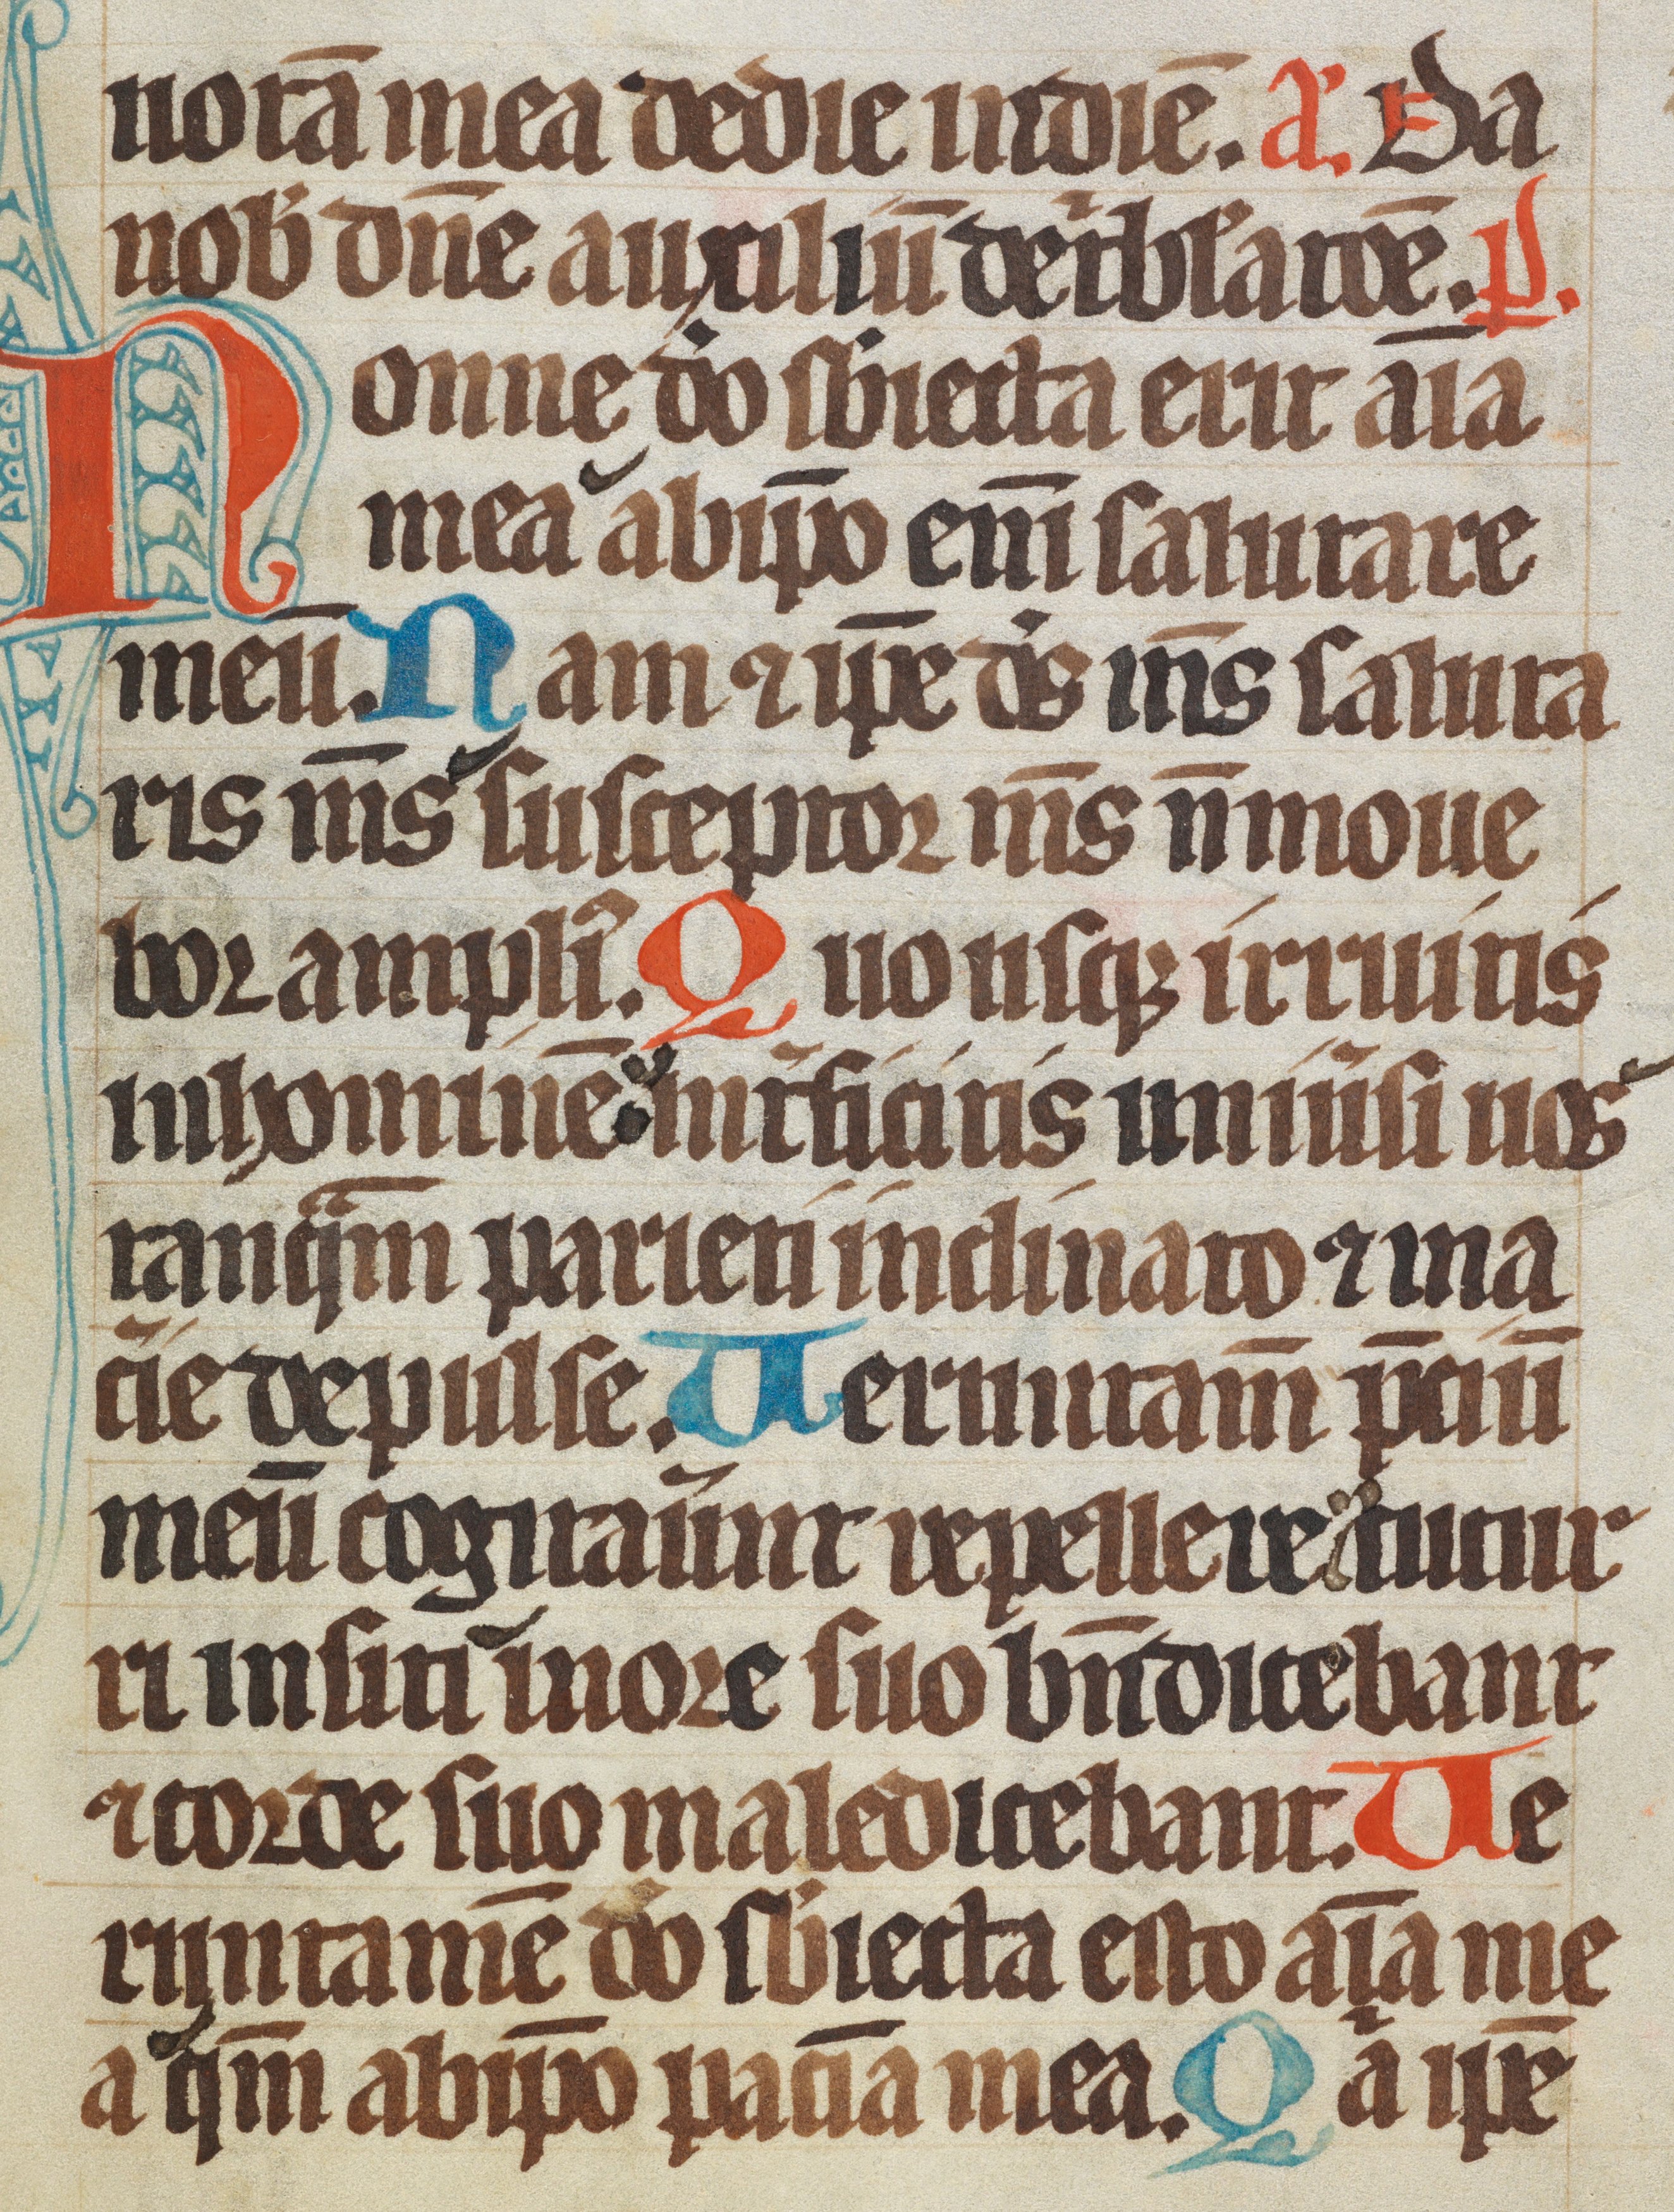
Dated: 1300–1349